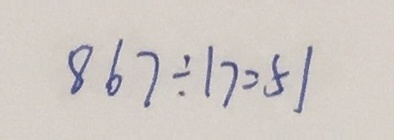
8 6 7 \div 1 7 = 5 1